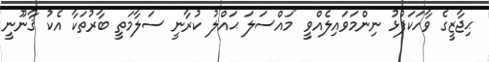
ޙިޖާޒީގެ ވާހަކަފުޅު ނިންމަވައިލެއްވީ "މައްސަލަ ޙައްލު ކުރާނީ ސަލާމަތީ ބާރުތަކާ އެކު ޤާނޫނީ